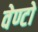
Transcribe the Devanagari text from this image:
वेण्टो